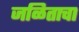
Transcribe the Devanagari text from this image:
जळिताचा